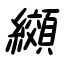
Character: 纐